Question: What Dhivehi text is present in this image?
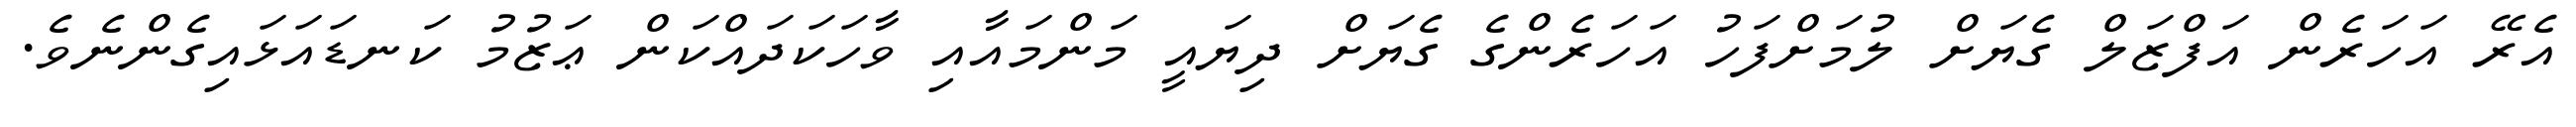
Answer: އެރޭ އަހަރެން އަފްޒަލް ގެޔަށް ލުމަށްފަހު އަހަރެންގެ ގެޔަށް ދިޔައީ މަންމައާއި ވާހަކަދައްކަން ޢަޒުމު ކަނޑައަޅައިގެންނެވެ.